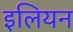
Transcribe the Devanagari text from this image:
इलियन